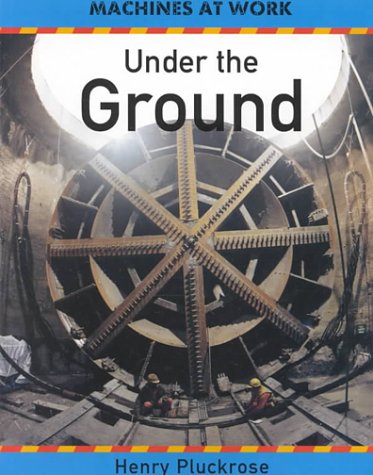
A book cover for Under the Ground (Machines at Work (Franklin Watts Paperback)); Henry Pluckrose; Children's Books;